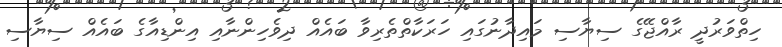
ހިތްވަރުދީ ރާއްޖޭގެ ސިޔާސި މައިދާނުގައި ހަރަކާތްތެރިވާ ބައެއް ދިވެހިންނާއި އިންޑިއާގެ ބައެއް ސިޔާސި